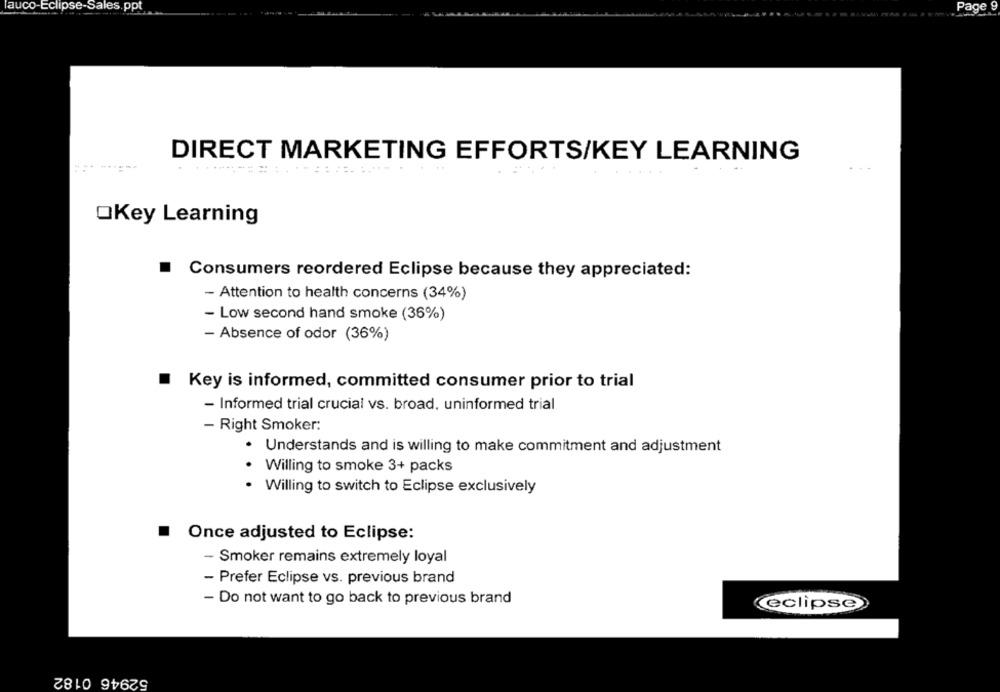
auco-Eclipse-Sales.ppt
Page
DIRECT MARKETING EFFORTS/KEY LEARNING
*======= = = == = = === ===== =
OKey Learning
.
Consumers reordered Eclipse because they appreciated:
- Attention to health concerns (34%)
- Low second hand smoke (36%)
- Absence of odor (36%)
Key is informed, committed consumer prior to trial
- Informed trial crucial vs. broad, uninformed trial
- Right Smoker:
· Understands and is willing to make commitment and adjustment
. Willing to smoke 3+ packs
· Willing to switch to Eclipse exclusively
Once adjusted to Eclipse:
- Smoker remains extremely loyal
- Prefer Eclipse vs. previous brand
- Do not want to go back to previous brand
eclipse
52946 0182